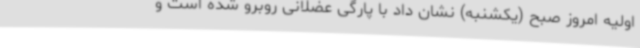
اولیه امروز صبح (یکشنبه) نشان داد با پارگی عضلانی روبرو شده است و